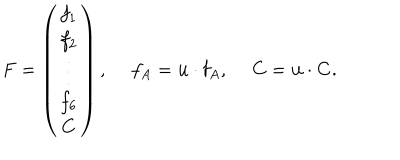
F = \left( \begin{array} { c } { { f _ { 1 } } } \\ { { f _ { 2 } } } \\ { { \vdots } } \\ { { f _ { 6 } } } \\ { { C } } \\ \end{array} \right) , ~ ~ f _ { A } = { \bf u } \cdot { \bf f } _ { A } , ~ ~ C = { \bf u } \cdot { \bf C } .